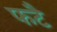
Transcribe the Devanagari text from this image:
फटै